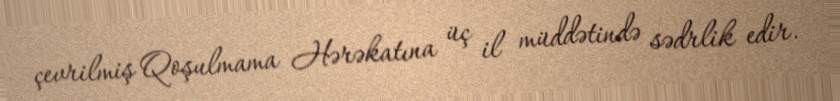
çevrilmiş Qoşulmama Hərəkatına üç il müddətində sədrlik edir.